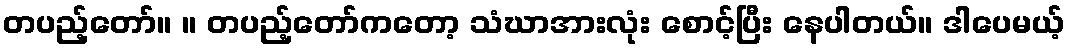
တပည့်တော်။ ။ တပည့်တော်ကတော့ သံဃာအားလုံး စောင့်ပြီး နေပါတယ်။ ဒါပေမယ့်